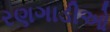
રણગાડીઓ